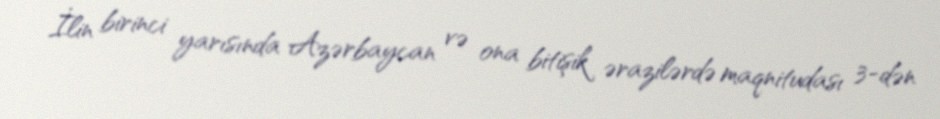
İlin birinci yarısında Azərbaycan və ona bitişik ərazilərdə maqnitudası 3-dən